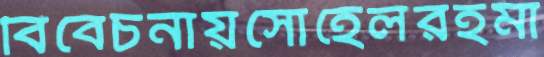
বিবেচনায়সোহেলরহমা